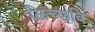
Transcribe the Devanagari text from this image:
लिच्‍छवि